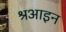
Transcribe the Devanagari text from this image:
श्रआइन